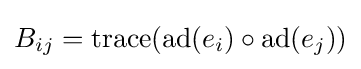
B_{ij}=\mathrm {trace} (\mathrm {ad} (e_{i})\circ \mathrm {ad} (e_{j}))